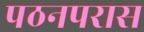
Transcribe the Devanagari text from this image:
पठनपरास